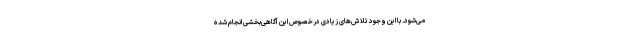
می‌شود. با این وجود تلاش‌های زیادی درخصوص این آگاهی‌بخشی انجام شده